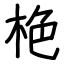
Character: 栬